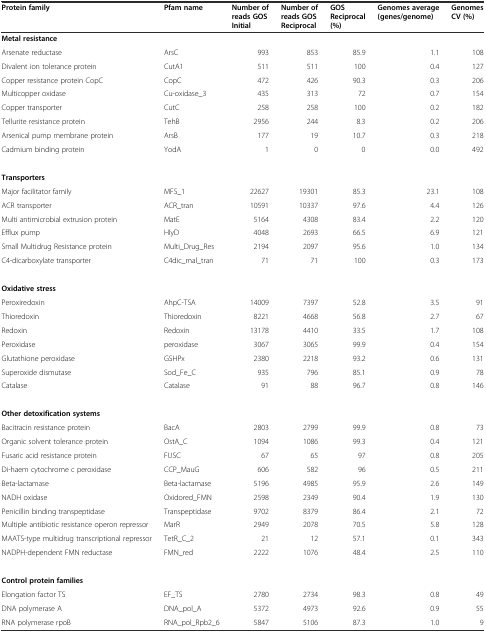
<table><thead><tr><td><b>Protein family</b></td><td><b>Pfam name</b></td><td><b>Number of reads GOS Initial</b></td><td><b>Number of reads GOS Reciprocal</b></td><td><b>GOS Reciprocal (%)</b></td><td><b>Genomes average (genes/genome)</b></td><td><b>Genomes CV (%)</b></td></tr></thead><tbody><tr><td><b>Metal resistance</b></td><td></td><td></td><td></td><td></td><td></td><td></td></tr><tr><td>Arsenate reductase</td><td>ArsC</td><td>993</td><td>853</td><td>85.9</td><td>1.1</td><td>108</td></tr><tr><td>Divalent ion tolerance protein</td><td>CutA1</td><td>511</td><td>511</td><td>100</td><td>0.4</td><td>127</td></tr><tr><td>Copper resistance protein CopC</td><td>CopC</td><td>472</td><td>426</td><td>90.3</td><td>0.3</td><td>206</td></tr><tr><td>Multicopper oxidase</td><td>Cu-oxidase_3</td><td>435</td><td>313</td><td>72</td><td>0.7</td><td>154</td></tr><tr><td>Copper transporter</td><td>CutC</td><td>258</td><td>258</td><td>100</td><td>0.2</td><td>182</td></tr><tr><td>Tellurite resistance protein</td><td>TehB</td><td>2956</td><td>244</td><td>8.3</td><td>0.2</td><td>206</td></tr><tr><td>Arsenical pump membrane protein</td><td>ArsB</td><td>177</td><td>19</td><td>10.7</td><td>0.3</td><td>218</td></tr><tr><td>Cadmium binding protein</td><td>YodA</td><td>1</td><td>0</td><td>0</td><td>0.0</td><td>492</td></tr><tr><td><b>Transporters</b></td><td></td><td></td><td></td><td></td><td></td><td></td></tr><tr><td>Major facilitator family</td><td>MFS_1</td><td>22627</td><td>19301</td><td>85.3</td><td>23.1</td><td>108</td></tr><tr><td>ACR transporter</td><td>ACR_tran</td><td>10591</td><td>10337</td><td>97.6</td><td>4.4</td><td>126</td></tr><tr><td>Multi antimicrobial extrusion protein</td><td>MatE</td><td>5164</td><td>4308</td><td>83.4</td><td>2.2</td><td>120</td></tr><tr><td>Efflux pump</td><td>HlyD</td><td>4048</td><td>2693</td><td>66.5</td><td>6.9</td><td>121</td></tr><tr><td>Small Multidrug Resistance protein</td><td>Multi_Drug_Res</td><td>2194</td><td>2097</td><td>95.6</td><td>1.0</td><td>134</td></tr><tr><td>C4-dicarboxylate transporter</td><td>C4dic_mal_tran</td><td>71</td><td>71</td><td>100</td><td>0.3</td><td>173</td></tr><tr><td><b>Oxidative stress</b></td><td></td><td></td><td></td><td></td><td></td><td></td></tr><tr><td>Peroxiredoxin</td><td>AhpC-TSA</td><td>14009</td><td>7397</td><td>52.8</td><td>3.5</td><td>91</td></tr><tr><td>Thioredoxin</td><td>Thioredoxin</td><td>8221</td><td>4668</td><td>56.8</td><td>2.7</td><td>67</td></tr><tr><td>Redoxin</td><td>Redoxin</td><td>13178</td><td>4410</td><td>33.5</td><td>1.7</td><td>108</td></tr><tr><td>Peroxidase</td><td>peroxidase</td><td>3067</td><td>3065</td><td>99.9</td><td>0.4</td><td>154</td></tr><tr><td>Glutathione peroxidase</td><td>GSHPx</td><td>2380</td><td>2218</td><td>93.2</td><td>0.6</td><td>131</td></tr><tr><td>Superoxide dismutase</td><td>Sod_Fe_C</td><td>935</td><td>796</td><td>85.1</td><td>0.9</td><td>78</td></tr><tr><td>Catalase</td><td>Catalase</td><td>91</td><td>88</td><td>96.7</td><td>0.8</td><td>146</td></tr><tr><td><b>Other detoxification systems</b></td><td></td><td></td><td></td><td></td><td></td><td></td></tr><tr><td>Bacitracin resistance protein</td><td>BacA</td><td>2803</td><td>2799</td><td>99.9</td><td>0.8</td><td>73</td></tr><tr><td>Organic solvent tolerance protein</td><td>OstA_C</td><td>1094</td><td>1086</td><td>99.3</td><td>0.4</td><td>121</td></tr><tr><td>Fusaric acid resistance protein</td><td>FUSC</td><td>67</td><td>65</td><td>97</td><td>0.8</td><td>205</td></tr><tr><td>Di-haem cytochrome c peroxidase</td><td>CCP_MauG</td><td>606</td><td>582</td><td>96</td><td>0.5</td><td>211</td></tr><tr><td>Beta-lactamase</td><td>Beta-lactamase</td><td>5196</td><td>4985</td><td>95.9</td><td>2.6</td><td>149</td></tr><tr><td>NADH oxidase</td><td>Oxidored_FMN</td><td>2598</td><td>2349</td><td>90.4</td><td>1.9</td><td>130</td></tr><tr><td>Penicillin binding transpeptidase</td><td>Transpeptidase</td><td>9702</td><td>8379</td><td>86.4</td><td>2.1</td><td>72</td></tr><tr><td>Multiple antibiotic resistance operon repressor</td><td>MarR</td><td>2949</td><td>2078</td><td>70.5</td><td>5.8</td><td>128</td></tr><tr><td>MAATS-type multidrug transcriptional repressor</td><td>TetR_C_2</td><td>21</td><td>12</td><td>57.1</td><td>0.1</td><td>343</td></tr><tr><td>NADPH-dependent FMN reductase</td><td>FMN_red</td><td>2222</td><td>1076</td><td>48.4</td><td>2.5</td><td>110</td></tr><tr><td><b>Control protein families</b></td><td></td><td></td><td></td><td></td><td></td><td></td></tr><tr><td>Elongation factor TS</td><td>EF_TS</td><td>2780</td><td>2734</td><td>98.3</td><td>0.8</td><td>49</td></tr><tr><td>DNA polymerase A</td><td>DNA_pol_A</td><td>5372</td><td>4973</td><td>92.6</td><td>0.9</td><td>55</td></tr><tr><td>RNA polymerase rpoB</td><td>RNA_pol_Rpb2_6</td><td>5847</td><td>5106</td><td>87.3</td><td>1.0</td><td>9</td></tr></tbody></table>